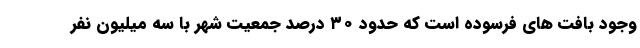
وجود بافت های فرسوده است که حدود ۳۰ درصد جمعیت شهر با سه میلیون نفر